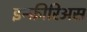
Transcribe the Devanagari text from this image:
इन्फ़ीरिअस